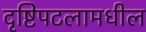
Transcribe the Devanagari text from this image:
दृष्टिपटलामधील